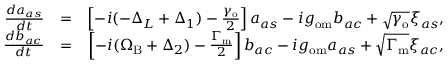
\begin{array} { r l r } { \frac { d a _ { a s } } { d t } } & { = } & { \left[ - i ( - \Delta _ { L } + \Delta _ { 1 } ) - \frac { \gamma _ { \mathrm { o } } } { 2 } \right] a _ { a s } - i g _ { \mathrm { o m } } b _ { a c } + \sqrt { \gamma _ { \mathrm { o } } } \xi _ { a s } , } \\ { \frac { d b _ { a c } } { d t } } & { = } & { \left[ - i ( \Omega _ { \mathrm { B } } + \Delta _ { 2 } ) - \frac { \Gamma _ { \mathrm { m } } } { 2 } \right] b _ { a c } - i g _ { \mathrm { o m } } a _ { a s } + \sqrt { \Gamma _ { \mathrm { m } } } \xi _ { a c } , } \end{array}